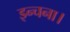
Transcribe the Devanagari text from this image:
इन्चना।